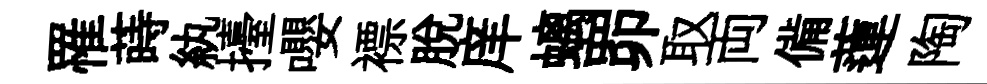
罹蒔紈擡嚶褾脫庠螭𦊑取両備蓮陶